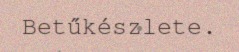
Betűkészlete.